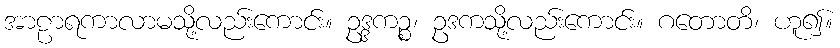
အာဠာရကာလာမသို့လည်းကောင်း။ ဥဒ္ဒကဉ္စ၊ ဥဒကသို့လည်းကောင်း။ ဂတောတိ၊ ဟူ၍။